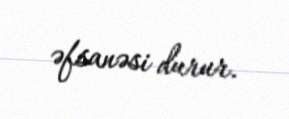
əfsanəsi durur.